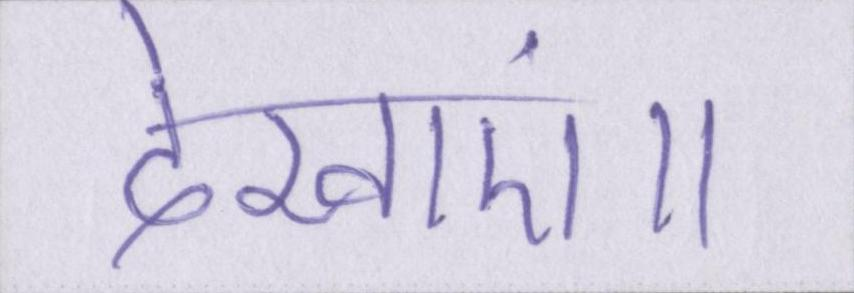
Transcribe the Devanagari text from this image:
देखाएं॥